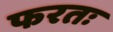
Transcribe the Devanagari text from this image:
फरतः